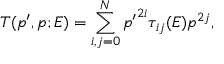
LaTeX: T ( p ^ { \prime } , p ; E ) = \sum _ { i , j = 0 } ^ { N } { p ^ { \prime } } ^ { 2 i } \tau _ { i j } ( E ) p ^ { 2 j } ,